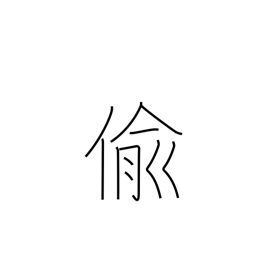
Meaning: steal